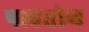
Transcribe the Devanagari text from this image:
पाहतोय